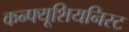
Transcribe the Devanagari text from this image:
कन्फ्यूशियनिस्ट